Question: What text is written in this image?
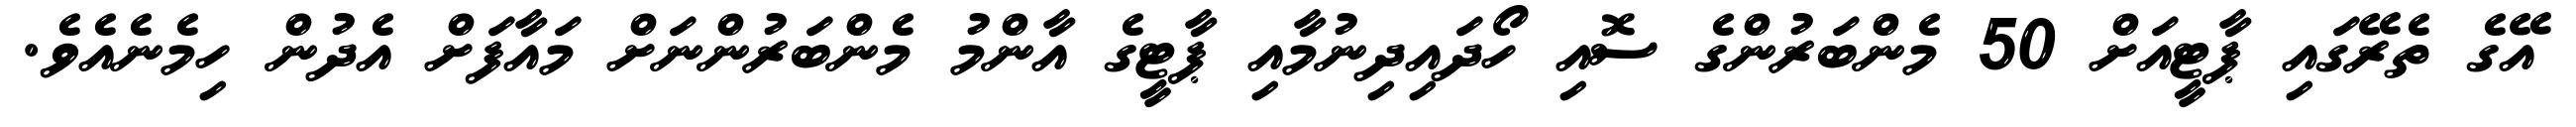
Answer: އޭގެ ތެރޭގައި ޕާޓީއަށް 50 މެންބަރުންގެ ސޮއި ހޯދައިދިނުމާއި ޕާޓީގެ އާންމު މެންބަރުންނަށް މައާފަށް އެދުން ހިމެނެއެވެ.